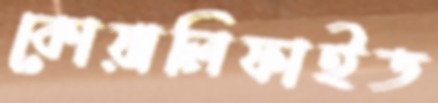
কোয়ালিফাইড